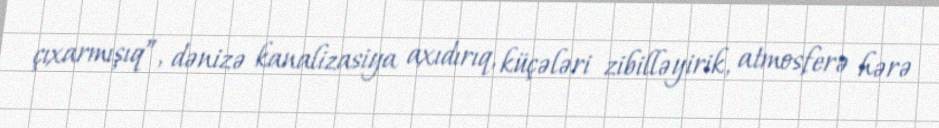
çıxarmışıq”, dənizə kanalizasiya axıdırıq, küçələri zibilləyirik, atmosferə hərə